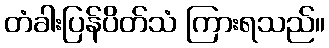
တံခါးပြန်ပိတ်သံ ကြားရသည်။